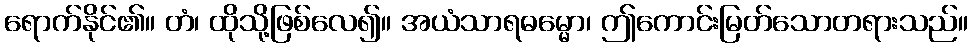
ရောက်နိုင်၏။ တံ၊ ထိုသို့ဖြစ်လေ၍။ အယံသာရဓမ္မော၊ ဤကောင်းမြတ်သောတရားသည်။